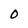
Character: O